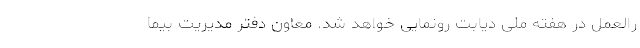
رالعمل در هفته ملی دیابت رونمایی خواهد شد. معاون دفتر مدیریت بیما